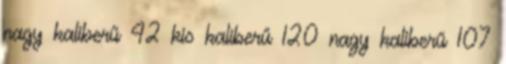
nagy kaliberű 42 kis kaliberű 120 nagy kaliberű 107